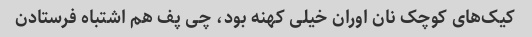
کیک‌های کوچک نان اوران خیلی کهنه بود، چی پف هم اشتباه فرستادن